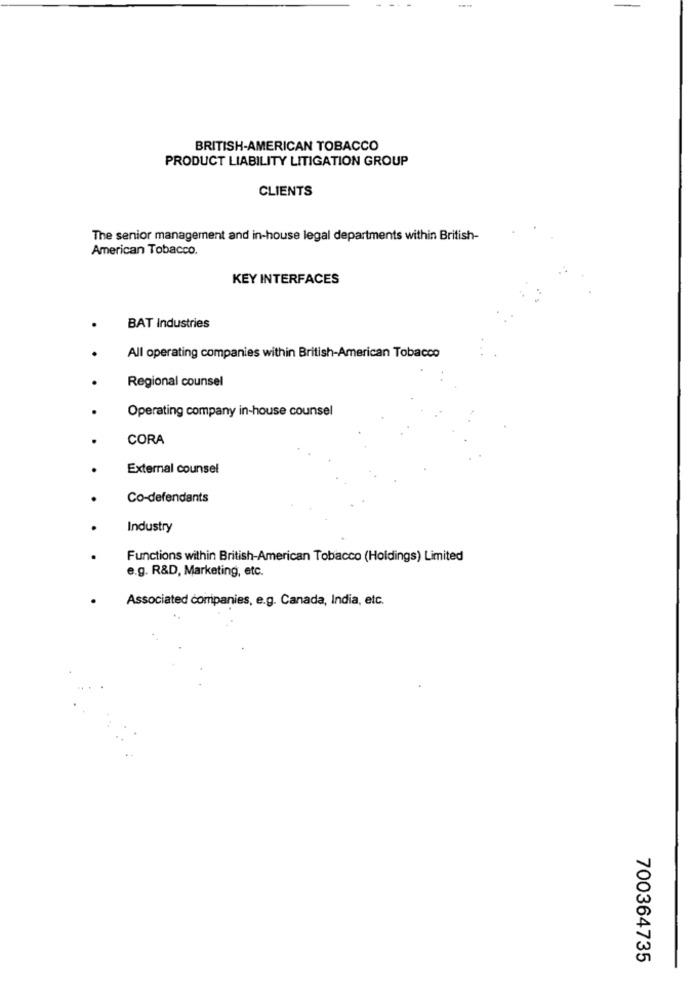
BRITISH-AMERICAN TOBACCO
PRODUCT LIABILITY LITIGATION GROUP
CLIENTS
The senior management and in-house legal departments within British-
American Tobacco.
KEY INTERFACES
BAT Industries
All operating companies within British-American Tobacco
Regional counsel
Operating company in-house counsel
CORA
External counsel
Co-defendants
Industry
Functions within British-American Tobacco (Holdings) Limited
e.g. R&D, Marketing, etc.
Associated companies, e.g. Canada, India, etc.
700364735